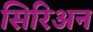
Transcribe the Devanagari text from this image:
सिरिअन